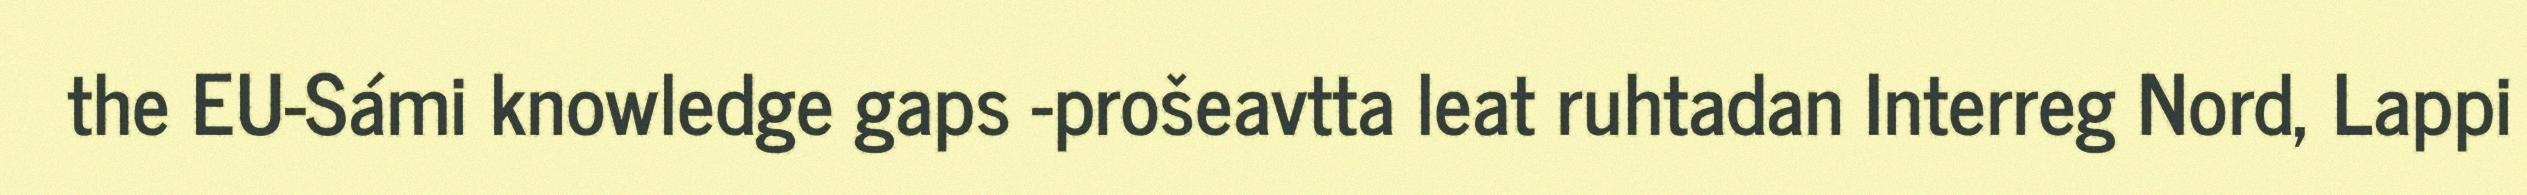
the EU-Sámi knowledge gaps -prošeavtta leat ruhtadan Interreg Nord, Lappi